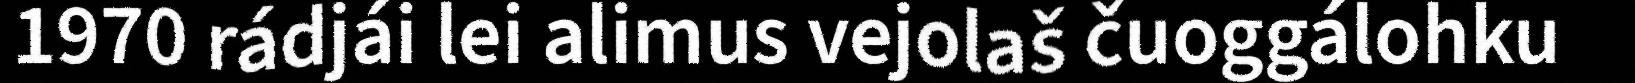
1970 rádjái lei alimus vejolaš čuoggálohku